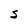
Character: S